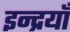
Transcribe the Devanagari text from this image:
इन्द्रयाँ